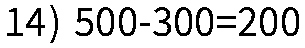
14) 500-300=200